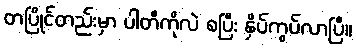
တပြိုင်တည်းမှာ ပါတီကိုလဲ စပြီး နှိပ်ကွပ်လာပြီ။